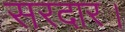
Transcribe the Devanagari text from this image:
सरदार।